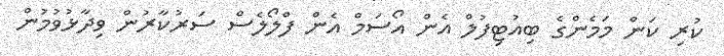
ކުރި ކަން މަމެންގެ ބިއުޓިފުލް އެން އޯސަމް އެން ފްލޯލެސް ސަރުކާރުން ވިދާޅުވުމުން